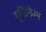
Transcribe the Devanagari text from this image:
यूनिनिज्म